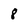
Character: 8